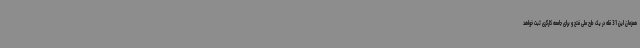
همزمان این 31 قله در یک طرح ملی فتح و برای جامعه کارگری ثبت خواهد